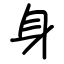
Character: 身